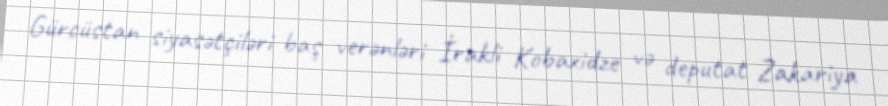
Gürcüstan siyasətçiləri baş verənləri İrakli Kobaxidze və deputat Zakariya